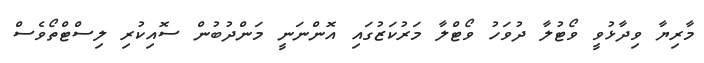
މާރިޔާ ވިދާޅުވީ ވޯޓުލާ ދުވަހު ވޯޓްލާ މަރުކަޒުގައި އޮންނަނީ މަންދުބުން ސޮއިކުރި ލިސްޓްތޯވެސް